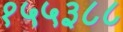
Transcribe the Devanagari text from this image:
१५५३८८